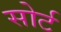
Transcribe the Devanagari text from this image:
सोर्ट